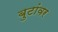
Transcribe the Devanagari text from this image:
बुटांवर